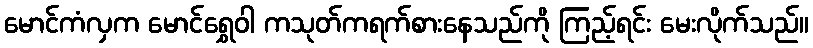
မောင်ကံလှက မောင်ရွှေဝါ ကသုတ်ကရက်စားနေသည်ကို ကြည့်ရင်း မေးလိုက်သည်။